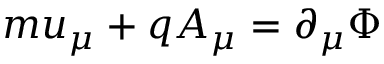
m u _ { \mu } + q A _ { \mu } = \partial _ { \mu } \Phi